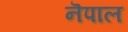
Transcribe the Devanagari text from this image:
नॆपाल